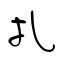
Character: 扎